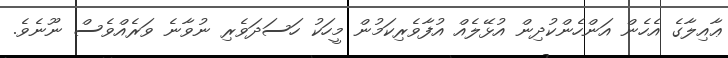
ޢާއިލާގެ އެހެން އަންހެންކުދިން އުޅޭލެއް އުފާވެރިކަމުން މީހަކު ހަސަދަވެރި ނުވާނެ ވަރެއްވެސް ނޫނެވެ.